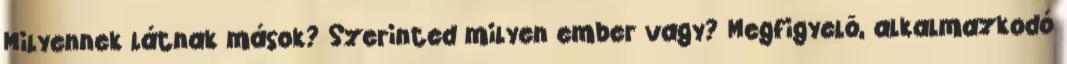
Milyennek látnak mások? Szerinted milyen ember vagy? Megfigyelõ, alkalmazkodó